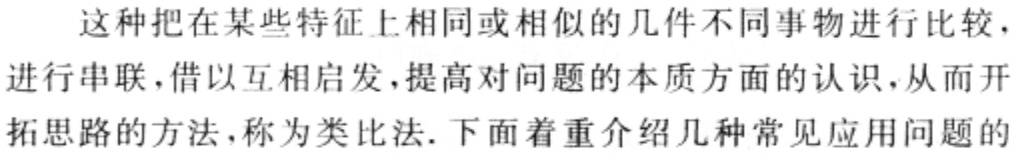
这种把在某些特征上相同或相似的几件不同事物进行比较，进行串联，借以互相启发，提高对问题的本质方面的认识，从而开拓思路的方法，称为类比法. 下面着重介绍几种常见应用问题的